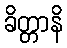
ခိတ္တာနိ